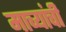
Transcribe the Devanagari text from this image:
माच्यांची